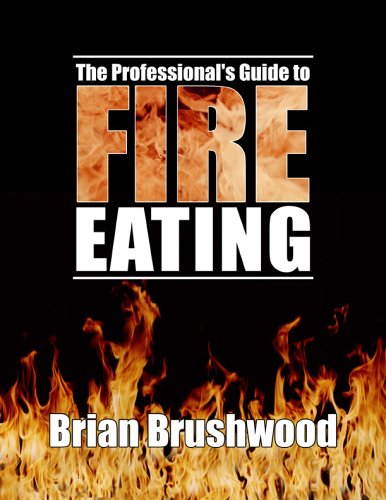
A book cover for The Professional's Guide to Fire Eating; Brian Brushwood (Author); Sports & Outdoors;